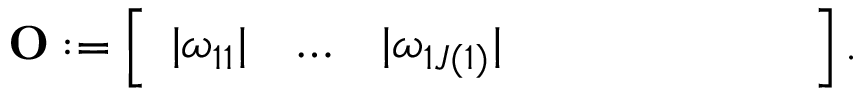
\mathbf { O } : = \left[ \begin{array} { l l l l l l l l l } { | \omega _ { 1 1 } | } & { \hdots } & { | \omega _ { 1 J ( 1 ) } | } & { } & { } & { } & { } & { } & { } \end{array} \right] .